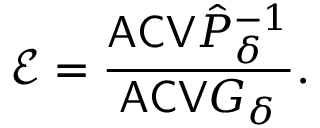
\mathcal E = \frac { \mathsf { A C V } \hat { P } _ { \delta } ^ { - 1 } } { \mathsf { A C V } G _ { \delta } } .